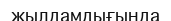
жылдамдығында